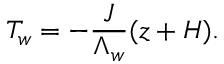
T _ { w } = - \frac { J } { \Lambda _ { w } } ( z + H ) .